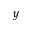
y